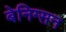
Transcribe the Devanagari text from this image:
बेनिग्सन